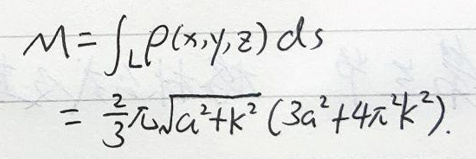
\[
M = \int_{L} \rho(x,y,z)ds = \frac{2}{3}\lambda\sqrt{a^{2}+k^{2}}(3a^{2}+4\pi^{2}k^{2})
\]